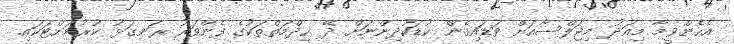
އެހެންވީމާ މިއަދު މިޖަލްސާއަށް ވަޑައިގެން ކުޑަކުދިންނަށް ދޭ ޚިދްމަތްތަކުގެ ފެންވަރު ރަނގަޅު ކުރުމަށްޓަކައި